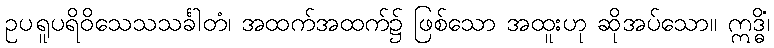
ဥပရူပရိဝိသေသသင်္ခါတံ၊ အထက်အထက်၌ ဖြစ်သော အထူးဟု ဆိုအပ်သော။ ဣဒ္ဓိံ၊